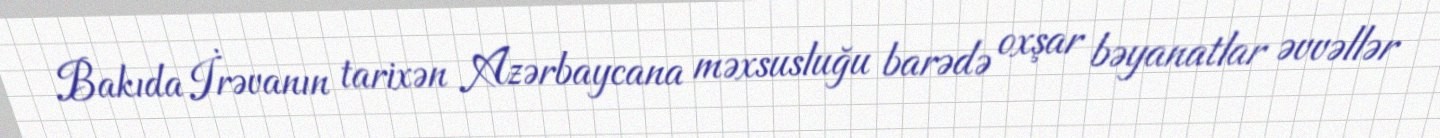
Bakıda İrəvanın tarixən Azərbaycana məxsusluğu barədə oxşar bəyanatlar əvvəllər